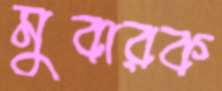
মুবারক